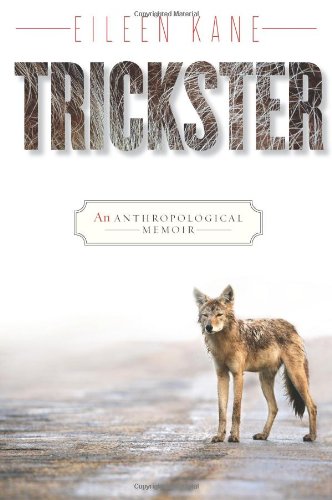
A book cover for Trickster: An Anthropological Memoir; Eileen Kane; Biographies & Memoirs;